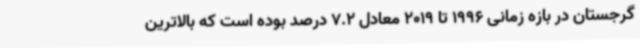
گرجستان در بازه زمانی 1996 تا 2019 معادل 7.2 درصد بوده است که بالاترین